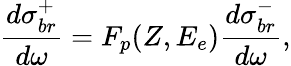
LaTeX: \frac{d\sigma_{br}^{+}}{d\omega}=F_{p}(Z,E_{e})\frac{d\sigma_{br}^{-}}{d\omega},